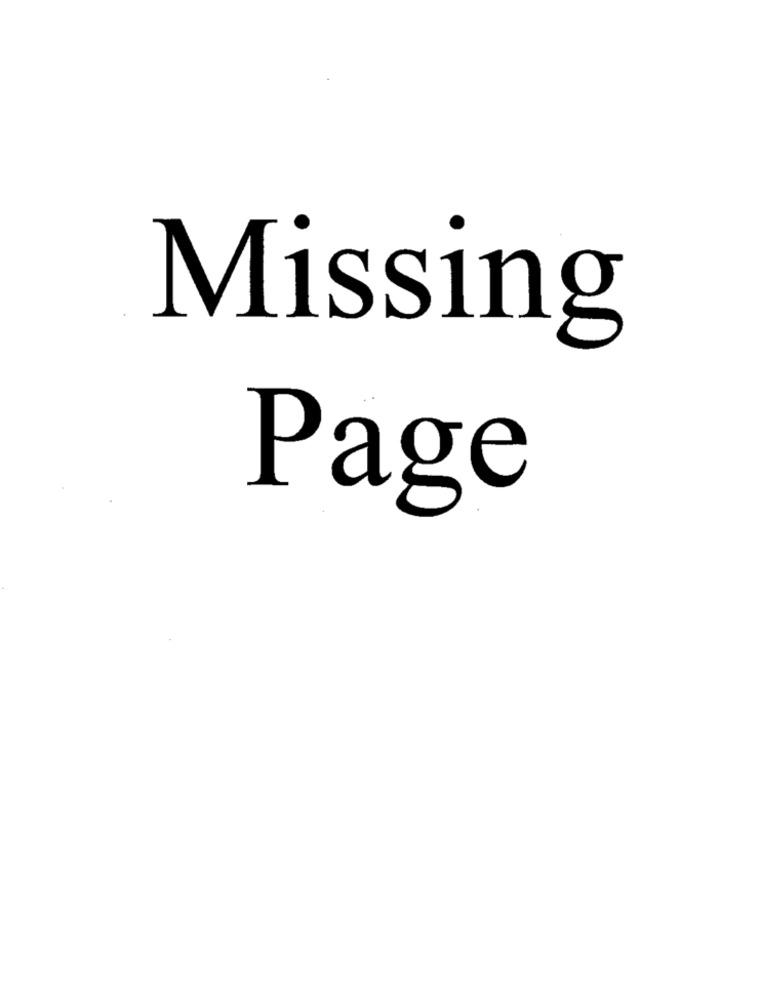
Missing
Page